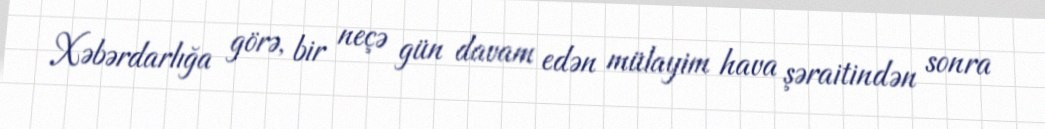
Xəbərdarlığa görə, bir neçə gün davam edən mülayim hava şəraitindən sonra